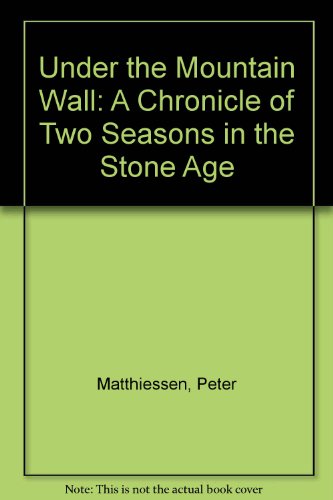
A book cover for Under the Mountain Wall: A Chronicle of Two Seasons in the Stone Age; Peter Matthiessen; History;